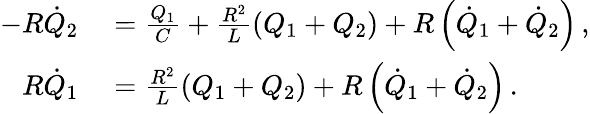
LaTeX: \begin{array}{rl}{-R\dot{Q}_{2}}&{{}=\frac{Q_{1}}{C}+\frac{R^{2}}{L}\left(Q_{1}+Q_{2}\right)+R\left(\dot{Q}_{1}+\dot{Q}_{2}\right)\, ,}\\ {R\dot{Q}_{1}}&{{}=\frac{R^{2}}{L}\left(Q_{1}+Q_{2}\right)+R\left(\dot{Q}_{1}+\dot{Q}_{2}\right)\, .}\end{array}